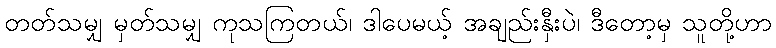
တတ်သမျှ မှတ်သမျှ ကုသကြတယ်၊ ဒါပေမယ့် အချည်းနှီးပဲ၊ ဒီတော့မှ သူတို့ဟာ